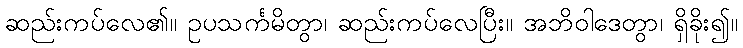
ဆည်းကပ်လေ၏။ ဥပသင်္ကမိတွာ၊ ဆည်းကပ်လေပြီး။ အဘိဝါဒေတွာ၊ ရှိခိုး၍။